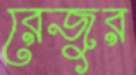
রেজুর